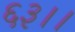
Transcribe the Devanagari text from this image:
६३।।